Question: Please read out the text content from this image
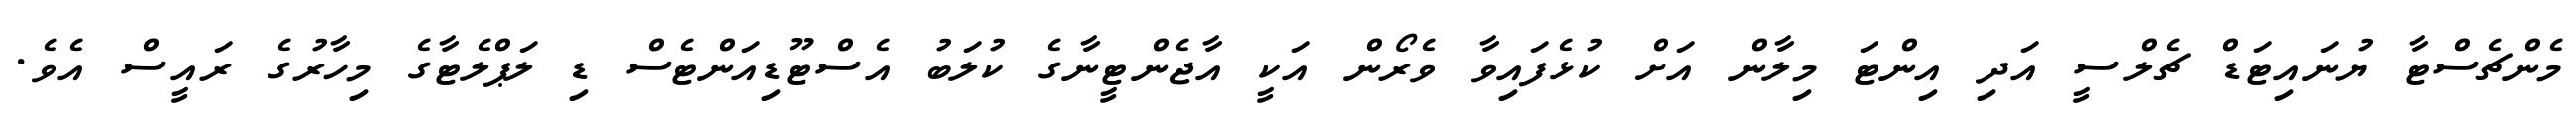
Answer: މެންޗެސްޓާ ޔުނައިޓަޑް ޗެލްސީ އަދި އިންޓަ މިލާން އަށް ކުޅެފައިވާ ވެރޯން އަކީ އާޖެންޓީނާގެ ކުލަބު އެސްޓޫޑިއަންޓެސް ޑި ލަޕްލެޓާގެ މިހާރުގެ ރައީސް އެވެ.